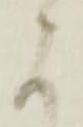
に